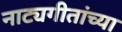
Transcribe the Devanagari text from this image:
नाट्यगीतांच्या